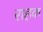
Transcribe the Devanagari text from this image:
राहक